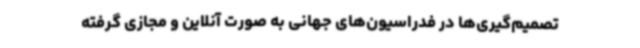
تصمیم‌گیری‌ها در فدراسیون‌های جهانی به صورت آنلاین و مجازی گرفته